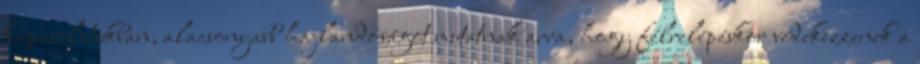
kapcsolatukban, alacsonyabb hajlandóságot mutatnak arra, hogy félrelépéskor védekezzenek a